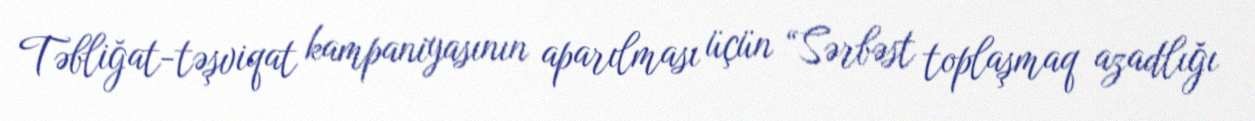
Təbliğat-təşviqat kampaniyasının aparılması üçün “Sərbəst toplaşmaq azadlığı